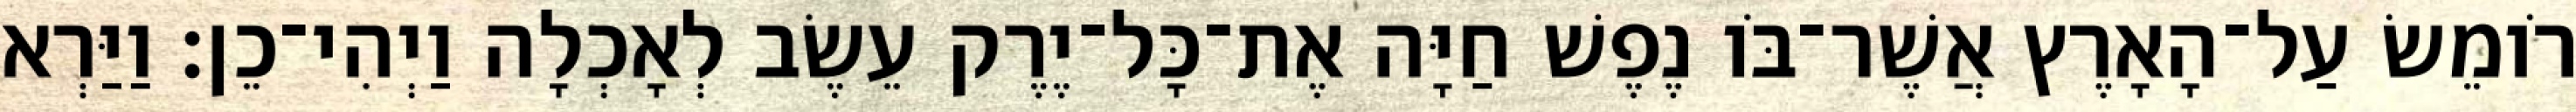
רֹומֵשׂ עַל־הָאָרֶץ אֲשֶׁר־בֹּו נֶפֶשׁ חַיָּה אֶת־כָּל־יֶרֶק עֵשֶׂב לְאָכְלָה וַיְהִי־כֵן׃ וַיַּרְא